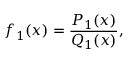
f _ { 1 } ( x ) = { \frac { P _ { 1 } ( x ) } { Q _ { 1 } ( x ) } } ,